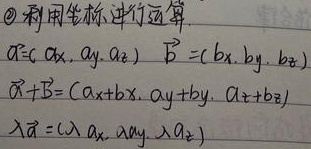
\textcircled{2} 利用坐标进行运算
\(\vec{a}=(a_x, a_y, a_z)\) ，\(\vec{b}=(b_x, b_y, b_z)\)
\(\vec{a} + \vec{b}=(a_x + b_x, a_y + b_y, a_z + b_z)\)
\(\lambda\vec{a}=(\lambda a_x, \lambda a_y, \lambda a_z)\)